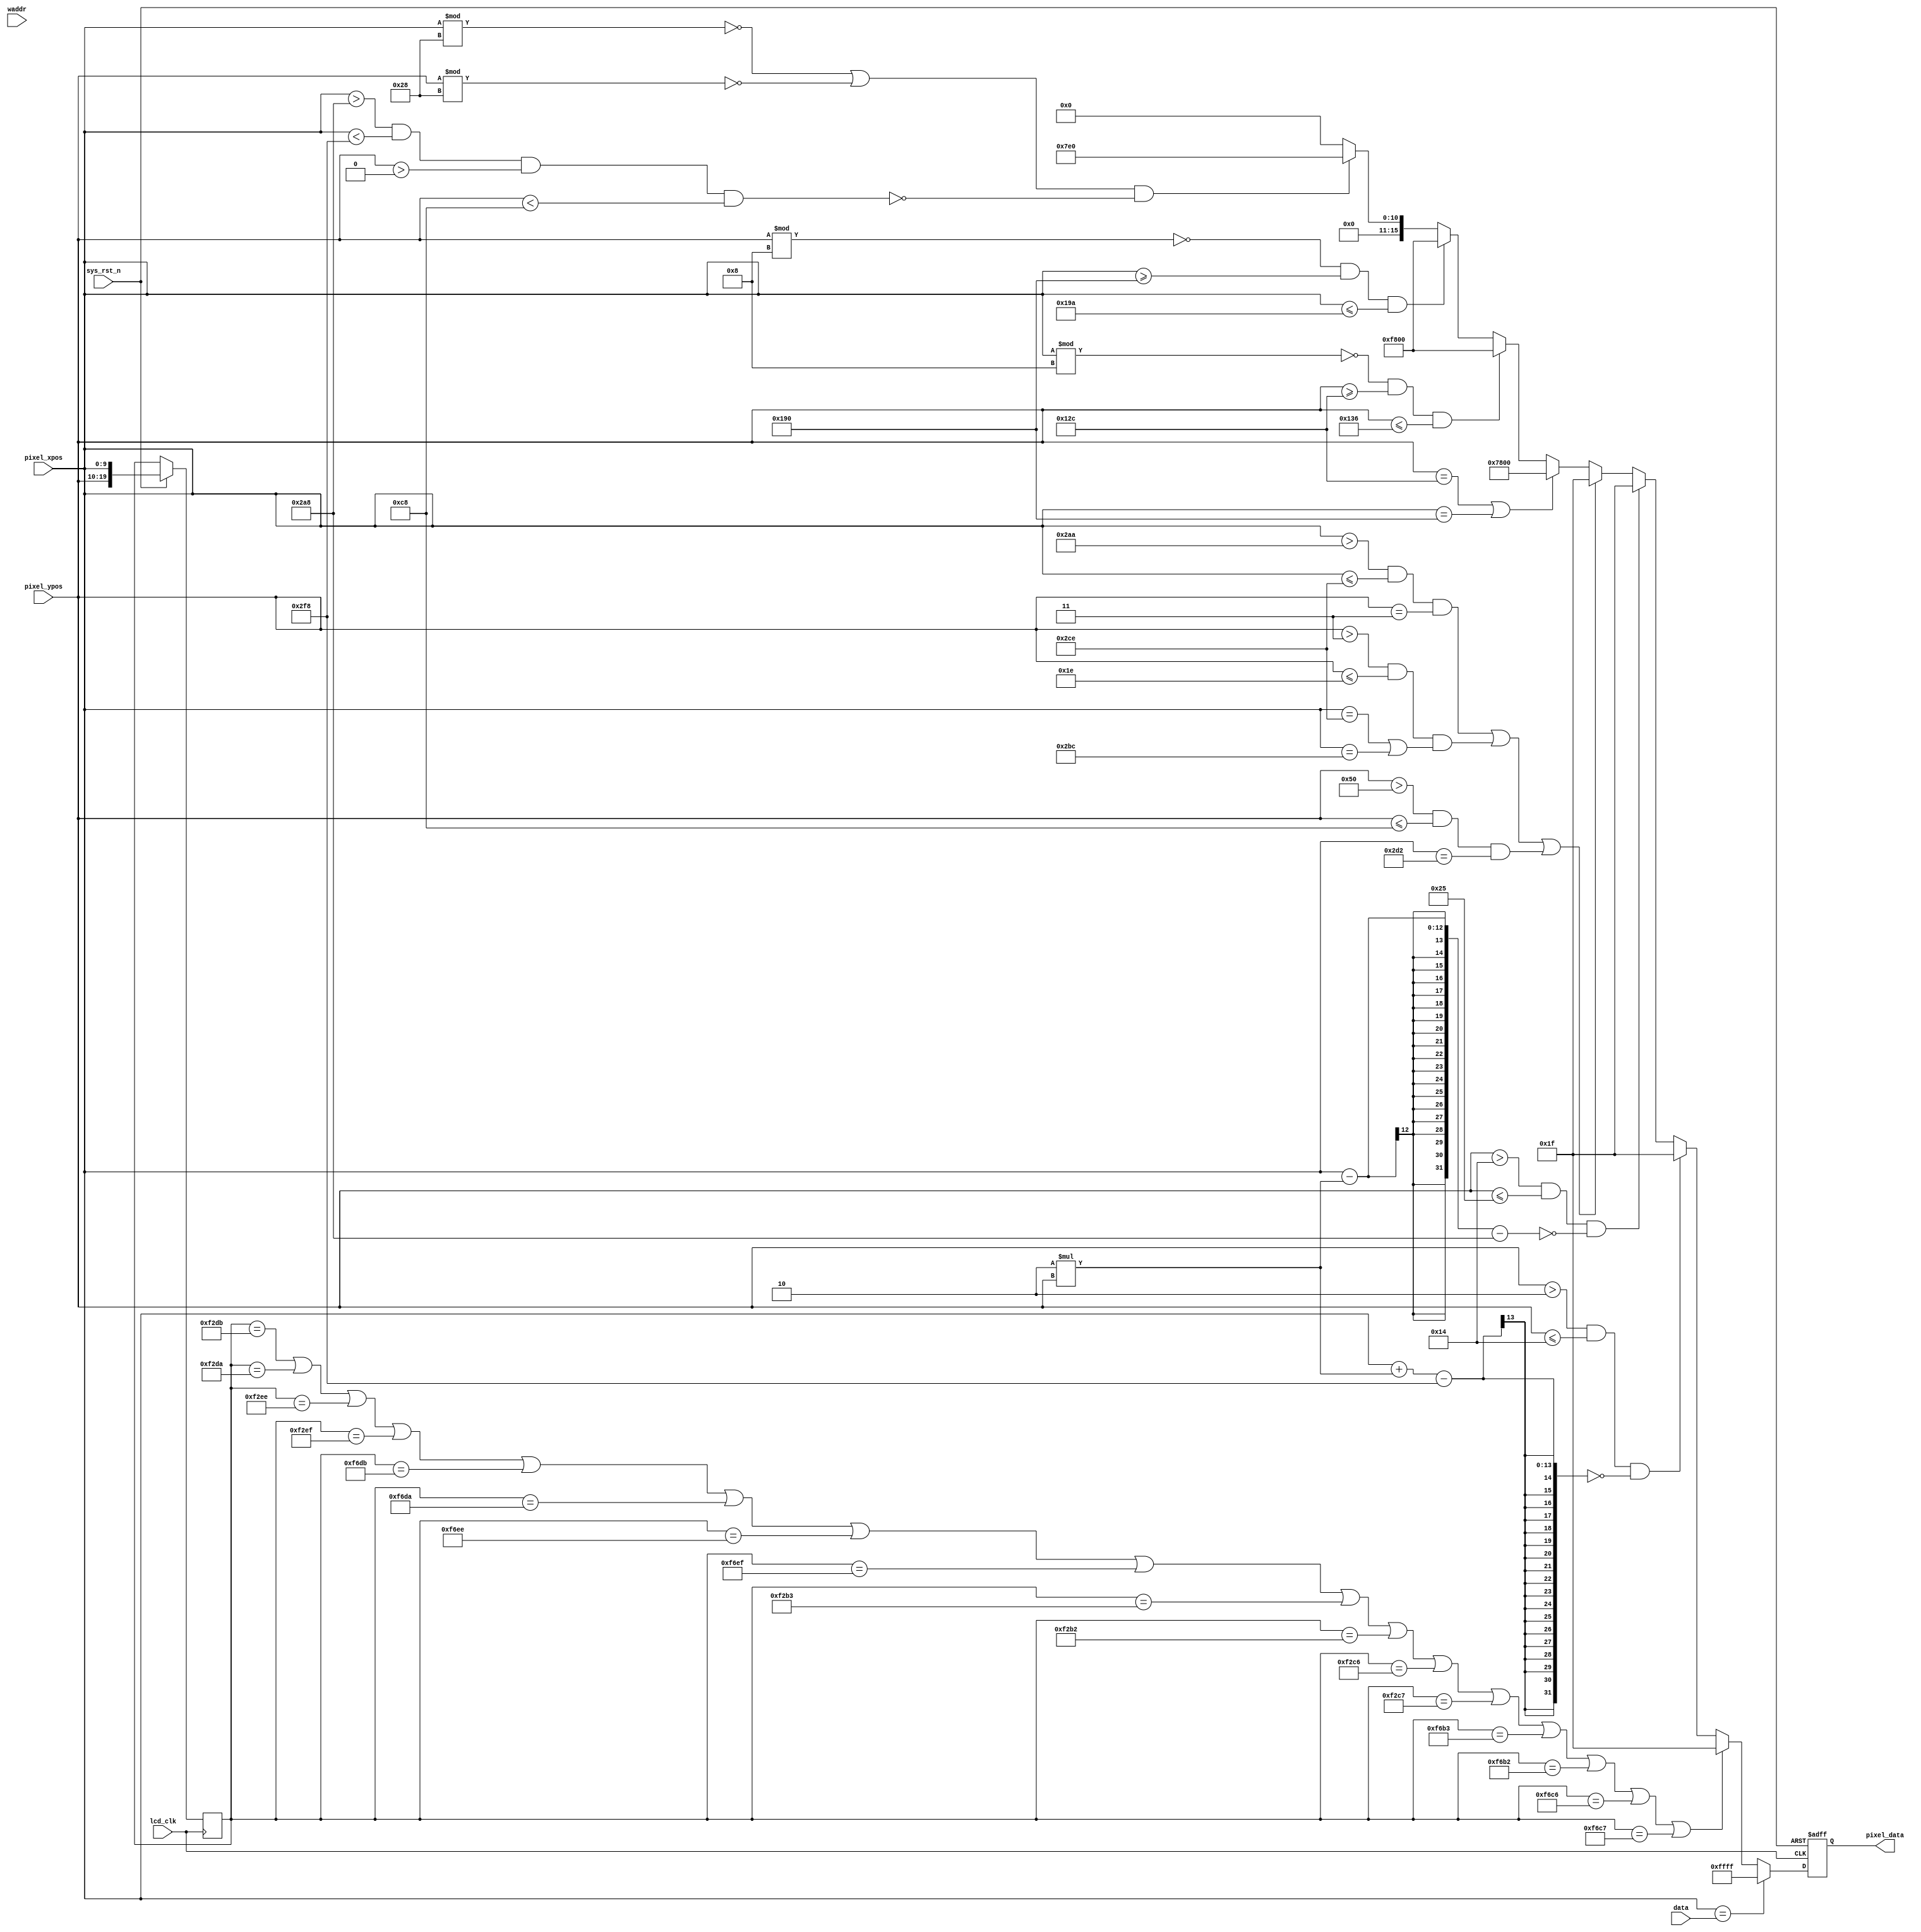
module lcd_display(
    input             lcd_clk,                  //lcd
    input             sys_rst_n,                //
    input      [9:0]  data,    
    input      [9:0] waddr,
    input      [9:0] pixel_xpos,               //
    input      [9:0] pixel_ypos,               //    
    output reg [15:0] pixel_data                //
    );    
    
localparam WHITE  = 16'b11111_111111_11111;     //RGB565 
localparam BLACK  = 16'b00000_000000_00000;     //RGB565 
localparam RED    = 16'b11111_000000_00000;     //RGB565 
localparam GREEN  = 16'b00000_111111_00000;     //RGB565 
localparam BLUE   = 16'b00000_000000_11111;     //RGB565 
localparam BROWN   = 16'h7800;                  //RGB565 
    
    
  //
  /*    always @(posedge lcd_clk or negedge sys_rst_n) begin         
          if (!sys_rst_n)
              pixel_data <= 16'hffff;
          else begin
          
            if(pixel_xpos == 11'd1)                                              
                pixel_data <= GREEN;                               
            else if(pixel_xpos == 11'd100)
                pixel_data <= GREEN;
            else if(pixel_xpos == 11'd200)
                pixel_data <= GREEN;    
                
            else if(pixel_ypos == 11'd300)
                pixel_data <= GREEN;  
            else if(pixel_ypos == 11'd400)
                pixel_data <= GREEN; 
            else if(pixel_ypos == 11'd500)
                pixel_data <= GREEN;   
            else 
            
                pixel_data <= BROWN;
          end
      end

   */
    //   
      /*reg clk_c;   
      reg [15:0]cnt; 
      reg [9:0] x,y;      
      always @(posedge lcd_clk or negedge sys_rst_n) begin         
          if (!sys_rst_n)
              cnt<= 16'd0;        
          else begin
            if(cnt == 16'd10000) cnt<= 10'b0;          
            else cnt <= cnt +1;          
            if(cnt <= 16'd50000) clk_c<= 1;            
            else clk_c<=0;          
                          
          end
      end    
      always @(posedge clk_c or negedge sys_rst_n) begin         
          if (!sys_rst_n)
              x<= 10'd0;        
          else begin
            if(x == 10'd800) x<= 10'b0;          
            else x <= x +1;              
          end
      end*/          
      reg [9:0] sum;      
      reg [3:0] num = 0; 
      always @(posedge lcd_clk or negedge sys_rst_n) begin         
          if (!sys_rst_n)
             sum <= 10'd0;        
          else begin           
            if(pixel_xpos % 160 == 0 ) num <= num + 1;          
            if(num == 5) num <= 0;                    
            else sum <= (pixel_xpos - num*160);
          end
      end          
      reg [19:0] xy;     
      always @(posedge lcd_clk or negedge sys_rst_n ) begin               
          if (!sys_rst_n)
              pixel_data <= 16'hffff;
          else begin              
            xy <= {pixel_ypos,pixel_xpos};
            //if((pixel_xpos == waddr) && (pixel_ypos == data))                 
            if(pixel_xpos == data )// || pixel_ypos == sum)//pixel_xpos == (pixel_ypos * pixel_ypos) / 400)            
                pixel_data <= WHITE;            
            else if(                
xy == {10'd60,10'd731} ||                
xy == {10'd60,10'd730} ||            
xy == {10'd60,10'd750} ||                    
xy == {10'd60,10'd751} ||

xy == {10'd61,10'd731} ||                
xy == {10'd61,10'd730} ||            
xy == {10'd61,10'd750} ||                    
xy == {10'd61,10'd751} ||
                    
xy == {10'd60,10'd691} ||					
xy == {10'd60,10'd690} ||                    
xy == {10'd60,10'd710} ||                    
xy == {10'd60,10'd711} ||
                    
xy == {10'd61,10'd691} ||					
xy == {10'd61,10'd690} ||                    
xy == {10'd61,10'd710} ||                    
xy == {10'd61,10'd711}                                        
                   )                 
                pixel_data <= BLUE;                   
            else if(pixel_ypos > 10'd2  && pixel_ypos <= 10'd20 &&  (pixel_xpos + 2*pixel_ypos - 760)== 10'd0 )                
                 pixel_data <= BLUE;            
            else if(pixel_ypos > 10'd20  && pixel_ypos <= 10'd37 &&  (pixel_xpos - 2*pixel_ypos - 680)== 10'd0 )                
                 pixel_data <= BLUE;            
            else if((pixel_xpos > 10'd682  && pixel_xpos <= 10'd718 &&  pixel_ypos == 10'd3 )||                 
                    (pixel_ypos > 10'd3  && pixel_ypos <= 10'd30 && ( pixel_xpos == 10'd718 || pixel_xpos== 10'd700 ))||            
                    (pixel_ypos > 10'd80  && pixel_ypos <= 10'd200 && ( pixel_xpos == 10'd722 )) )               
                 pixel_data <= BLUE;                    
            else if(pixel_ypos == 10'd300 || pixel_xpos == 10'd400 )                         
                pixel_data <= BROWN;            
            else if(((pixel_xpos % 6'd8) == 11'd0) && pixel_ypos >= 10'd300 && pixel_ypos <= 10'd310 )                
                pixel_data <= RED;            
            else if(((pixel_ypos % 6'd8) == 11'd0) && pixel_xpos >= 10'd400 && pixel_xpos <= 10'd410 )                
                pixel_data <= RED;              
            else if((((pixel_xpos % 6'd40) == 11'd0)||((pixel_ypos % 6'd40) == 11'd0)) &&                
                 !(pixel_xpos >10'd680  && pixel_xpos < 10'd760 && pixel_ypos > 10'd0  && pixel_ypos < 10'd200 ) )                                                              
                pixel_data <= GREEN;                                
            else             
                pixel_data <= BLACK;
          end
      end
    //      
 //   always @(posedge lcd_clk or negedge sys_rst_n) begin         
 //       if (!sys_rst_n)
 //           pixel_data <= 16'hffff;
 //       else begin
 //           if((pixel_xpos >= 1) && (pixel_xpos < (11'd480/5)*1))                                              
 //               pixel_data <= GREEN;                               
 //           else if((pixel_xpos >= (11'd480/5)*1) && (pixel_xpos < (11'd480/5)*2))
 //               pixel_data <= BLACK;  
 //           else if((pixel_xpos >= (11'd480/5)*2) && (pixel_xpos < (11'd480/5)*3))
 //               pixel_data <= RED;  
 //           else if((pixel_xpos >= (11'd480/5)*3) && (pixel_xpos < (11'd480/5)*4))
 //               pixel_data <= BLUE;  
 //           else 
 //               pixel_data <= BROWN;
 //       end
 //   end
    endmodule